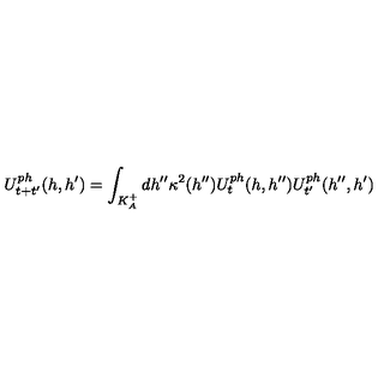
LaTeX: U _ { t + t ^ { \prime } } ^ { p h } ( h , h ^ { \prime } ) = \int _ { K _ { A } ^ { + } } d h ^ { \prime \prime } \kappa ^ { 2 } ( h ^ { \prime \prime } ) U _ { t } ^ { p h } ( h , h ^ { \prime \prime } ) U _ { t ^ { \prime } } ^ { p h } ( h ^ { \prime \prime } , h ^ { \prime } )